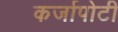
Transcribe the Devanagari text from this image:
कर्जापोटी